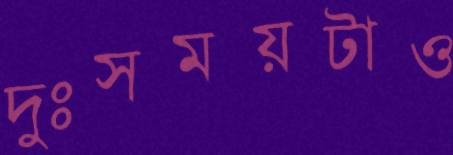
দুঃসময়টাও